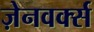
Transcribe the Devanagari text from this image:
ज़ेनवर्क्स